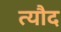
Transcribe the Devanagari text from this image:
त्यौद